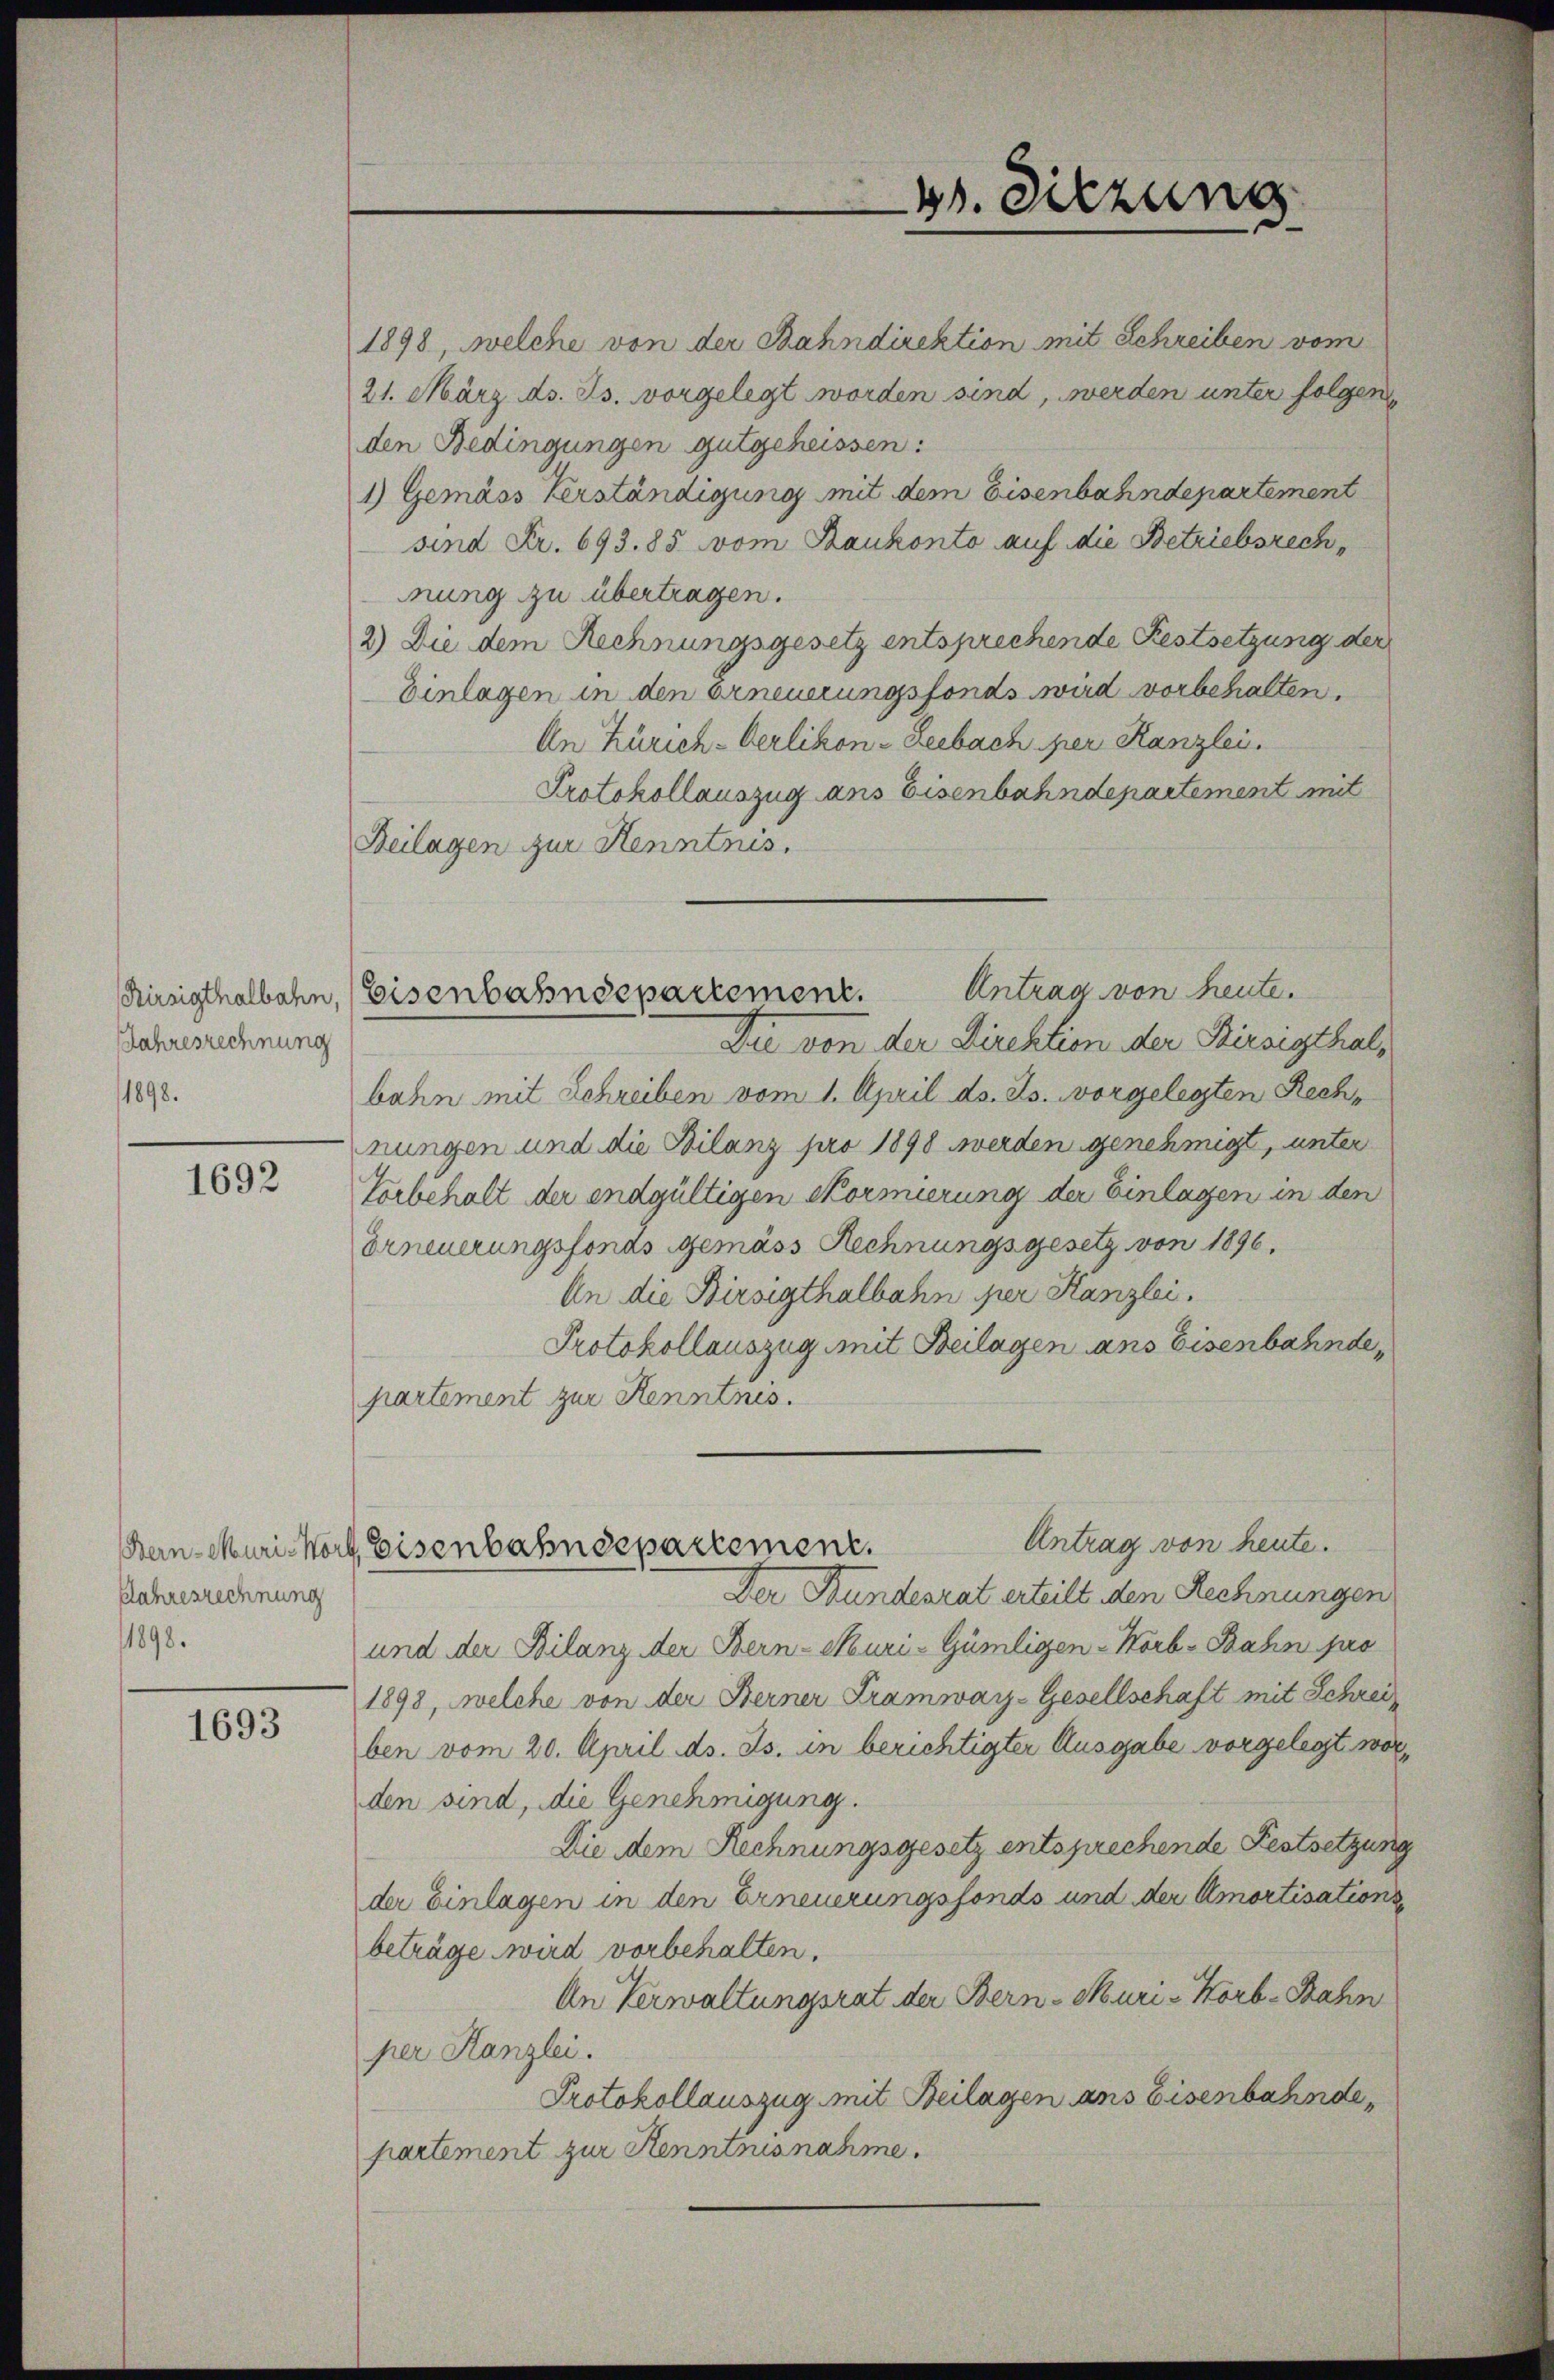
Jahresrechnung
1898.

1692

Jahresrechnung
1898.

1693

1898, welche von der Bahndirektion mit Schreiben vom
21. März d. Js. vorgelegt worden sind, werden unter folgen
den Bedingungen gutgeheissen:
1) Gemäss Verständigung mit dem Eisenbahndepartement
sind Fr. 693. 85 vom Baukonto auf die Betriebsrech
nung zu übertragen.
2) Die dem Rechnungsgesetz entsprechende Festsetzung der
Einlagen in den erneuerungsfonds wird vorbehalten.
An Zürich-Oerlikon - Leebach per Kanzlei.
Protokollauszug ans Eisenbahndepartement mit
Beilagen zur Kenntnis.
Die von der Direktion der Birsegthalbahn mit Schreiben vom 1. April ds. Js. vorgelegten Rechnungen und die Bilanz pro 1898 werden genehmigt, unter
Vorbehalt der endgültigen Kormierung der Einlagen in den
Erneuerungsfonds gemäss Rechnungsgesetz von 1896.
An die Birsigthalbahn per Kanzlei.
Protokollauszug mit Beilagen ans Eisenbahnde
partement zur Kenntnis.
Antrag von heute.
Bern-Muristorf, Eisenbahndepartement.
Der Stundesrat erteilt den Rechnungen
und der Bilanz der Bern-Muri-Gümligen-Horb-Bahn pro
1898, welche von der Berner Tramway-Gesellschaft mit Schreiben vom 20. April ds. Js. in berichtigter Ausgabe vorgelegt wo
den sind, die Genehmigung.
Die dem Rechnungsgesetz entsprechende Festsetzun
der Einlagen in den Erneuerungsfonds und der Amortisation
beträge wird vorbehalten.
An Verwaltungsrat der Bern-Muri-Korb-Bahn
per Kanzlei.
Protokollauszug mit Beilagen ans Eisenbahnde
partement zur Kenntnisnahme.

Antrag von heute.
Kirsigthalbahn, Eisenbahndepartement.

B. Sitzung